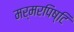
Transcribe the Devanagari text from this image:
मर्मरपिष्टि